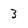
Character: 3